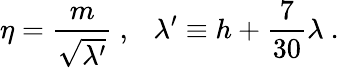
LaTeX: \eta={\frac{m}{\sqrt{\lambda^{\prime}}}}\ ,\ \ \ \lambda^{\prime}\equiv h+{\frac{7}{30}}\lambda\ .